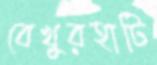
বেখুরহাটি